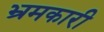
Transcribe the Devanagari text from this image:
भ्रमकारी